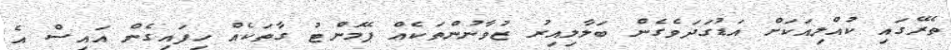
ތެރޭގައި ކުއްލިއަކަށް އަޑުގަދަވެގެން ބަލާލިއިރު ޒުވާނުންތަކެއް ޕޭމަންޓު ގާތަކެއް ހިފައިގެން އައިސް އެ